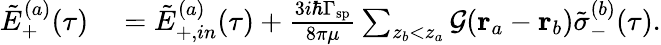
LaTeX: \begin{array}{rl}{\tilde{E}_{+}^{(a)}(\tau)}&{{}=\tilde{E}_{+,in}^{(a)}(\tau)+\frac{3i\hbar\Gamma_{\mathrm{sp}}}{8\pi\mu}\sum_{z_{b}<z_{a}}\mathcal{G}(\mathbf{r}_{a}-\mathbf{r}_{b})\tilde{\sigma}_{-}^{(b)}(\tau).}\end{array}